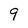
Character: 9